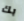
بك